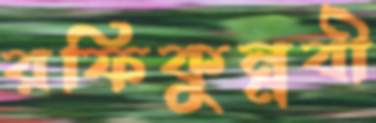
রফিকুন্নবী